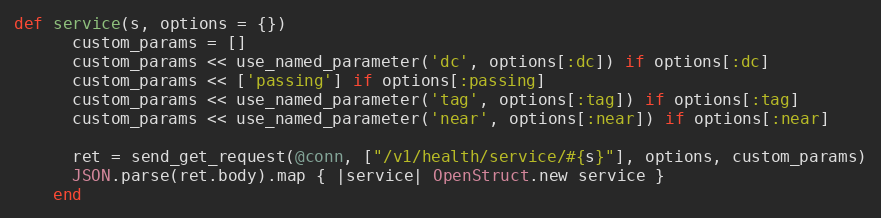
Language: Ruby
def service(s, options = {})
      custom_params = []
      custom_params << use_named_parameter('dc', options[:dc]) if options[:dc]
      custom_params << ['passing'] if options[:passing]
      custom_params << use_named_parameter('tag', options[:tag]) if options[:tag]
      custom_params << use_named_parameter('near', options[:near]) if options[:near]

      ret = send_get_request(@conn, ["/v1/health/service/#{s}"], options, custom_params)
      JSON.parse(ret.body).map { |service| OpenStruct.new service }
    end